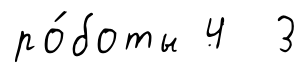
ро́боты 4 3